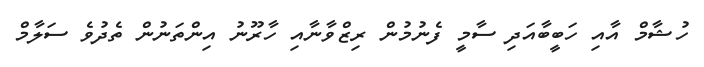
ހުޝާމް އާއި ހަބީބާއަދި ސާމީ ފެނުމުން ރިޒްވާނާއި ހާރޫނު އިންތަނުން ތެދުވެ ސަލާމް